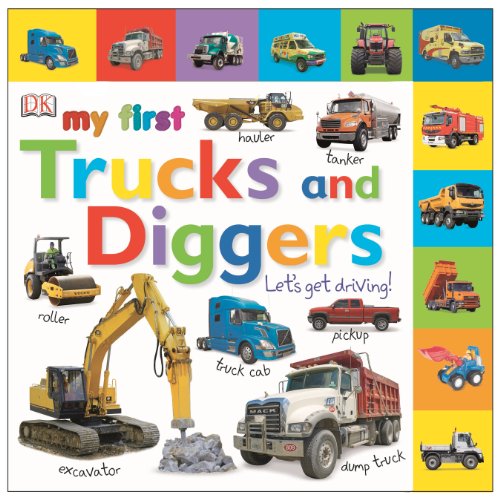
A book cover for Tabbed Board Books: My First Trucks and Diggers: Let's Get Driving! (Tab Board Books); DK Publishing; Children's Books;